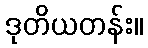
ဒုတိယတန်း။